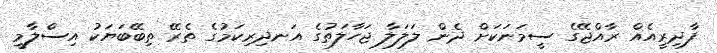
ފާދިރީއެއް ރާއްޖޭގެ ސީމަނަކަށް ދެން ލަލަލާ ޖަހާލަތުގެ އަނދިރިކަމުގެ ތެރޭ ތިބޭބަޔަކު އިސްލާމީ